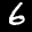
Label: 6